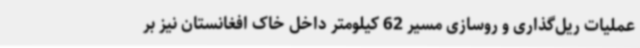
عملیات ریل‌گذاری و روسازی مسیر 62 کیلومتر داخل خاک افغانستان نیز بر